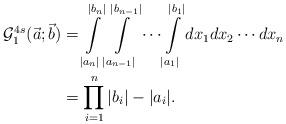
LaTeX: \begin{align*}\mathcal{G}^{4s}_{1}(\vec{a};\vec{b})&=\int \limits_{|a_n|}^{|b_n|} \int \limits_{|a_{n-1}|}^{|b_{n-1}|}\cdots \int \limits_{|a_1|}^{|b_1|}dx_1dx_2\cdots dx_n \\&=\prod_{i=1}^{n}|b_i|-|a_i|.\end{align*}